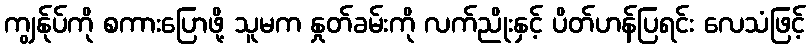
ကျွန်ုပ်ကို စကားပြောဖို့ သူမက နှုတ်ခမ်းကို လက်ညိုးနှင့် ပိတ်ဟန်ပြရင်း လေသံဖြင့်